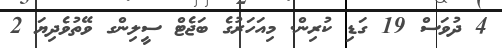
4 ދުވަސް 19 ގަޑި ކުރިން. މިއަހަރުގެ ބަޖެޓް ސީލިންގ ވޭތުވެދިޔަ 2